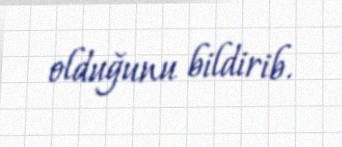
olduğunu bildirib.